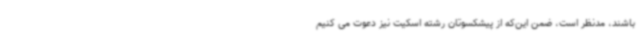
باشند، مدنظر است، ضمن این‌که از پیشکسوتان رشته اسکیت نیز دعوت می کنیم